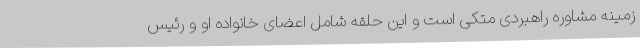
زمینه مشاوره راهبردی متکی است و این حلقه شامل اعضای خانواده او و رئیس